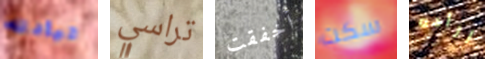
قيادته تراسي أخفقت سكت اراده